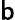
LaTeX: \mathsf{b}